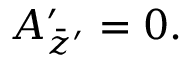
A _ { \bar { z } ^ { \prime } } ^ { \prime } = 0 .